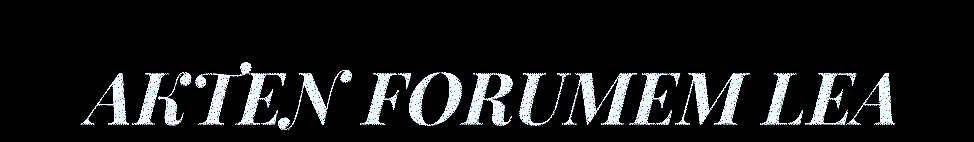
AKTEN FORUMEM LEA